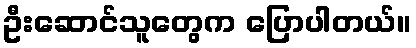
ဦးဆောင်သူတွေက ပြောပါတယ်။